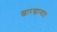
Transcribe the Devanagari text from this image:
खारखान्यात